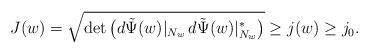
LaTeX: \begin{align*} J(w) = \sqrt{\det\big( d\tilde\Psi(w)|_{N_{w}}\, d\tilde\Psi(w)|_{N_{w}}^* \big)}\geq j(w)\geq j_0.\end{align*}